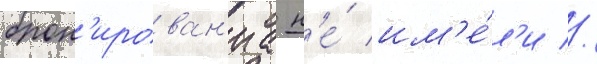
брон'ирован'иа н'е́ им'е́л'и //